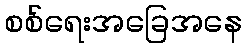
စစ်ရေးအခြေအနေ